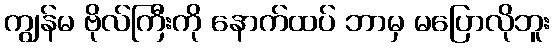
ကျွန်မ ဗိုလ်ကြီးကို နောက်ထပ် ဘာမှ မပြောလိုဘူး